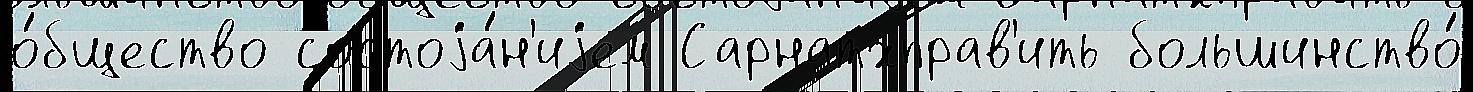
о́бщество состоjа́н'иjем Сарнатхправ'ить большинство́